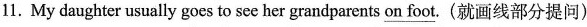
11. My daughter usually goes to see her grandparents \underline{on foot}. (就画线部分提问)